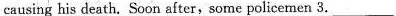
causing his death. Soon after, some policemen 3.___